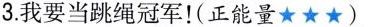
3.我要当跳绳冠军！(正能量★★★)